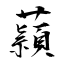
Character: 蘏